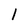
Character: l